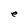
Character: e